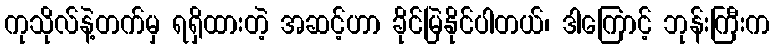
ကုသိုလ်နဲ့တက်မှ ရရှိထားတဲ့ အဆင့်ဟာ ခိုင်မြဲနိုင်ပါတယ်၊ ဒါကြောင့် ဘုန်းကြီးက